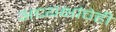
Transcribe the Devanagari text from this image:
अध्यक्षांचेही